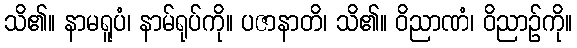
သိ၏။ နာမရူပံ၊ နာမ်ရုပ်ကို။ ပဇာနာတိ၊ သိ၏။ ဝိညာဏံ၊ ဝိညာဉ်ကို။